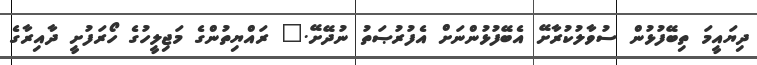
ދިޔައީމަ ތިބޭފުޅުން ސުވާލުކުރާށޭ އެބޭފުޅުންނަށް އެފުރުޞަތު ނުދޭށޭ." ރައްޔިތުންގެ މަޖިލީހުގެ ހޯރަފުށީ ދާއިރާގެ